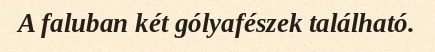
A faluban két gólyafészek található.